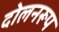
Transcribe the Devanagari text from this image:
दोलनरूप